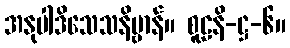
အနုပါဒိသေသနိဗ္ဗာန်။ စူဠနိ-ဋ္ဌ-၆။